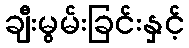
ချီးမွမ်းခြင်းနှင့်